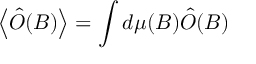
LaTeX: \left\langle \hat { O } ( B ) \right\rangle = \int d \mu ( B ) \hat { O } ( B )